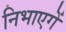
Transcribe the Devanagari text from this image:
निभाएगें